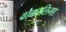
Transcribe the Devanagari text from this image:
वोक्कालिगा